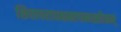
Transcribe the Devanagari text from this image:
शिवापराधक्षमापनस्तोत्रम्